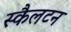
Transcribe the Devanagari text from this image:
स्कैलटन